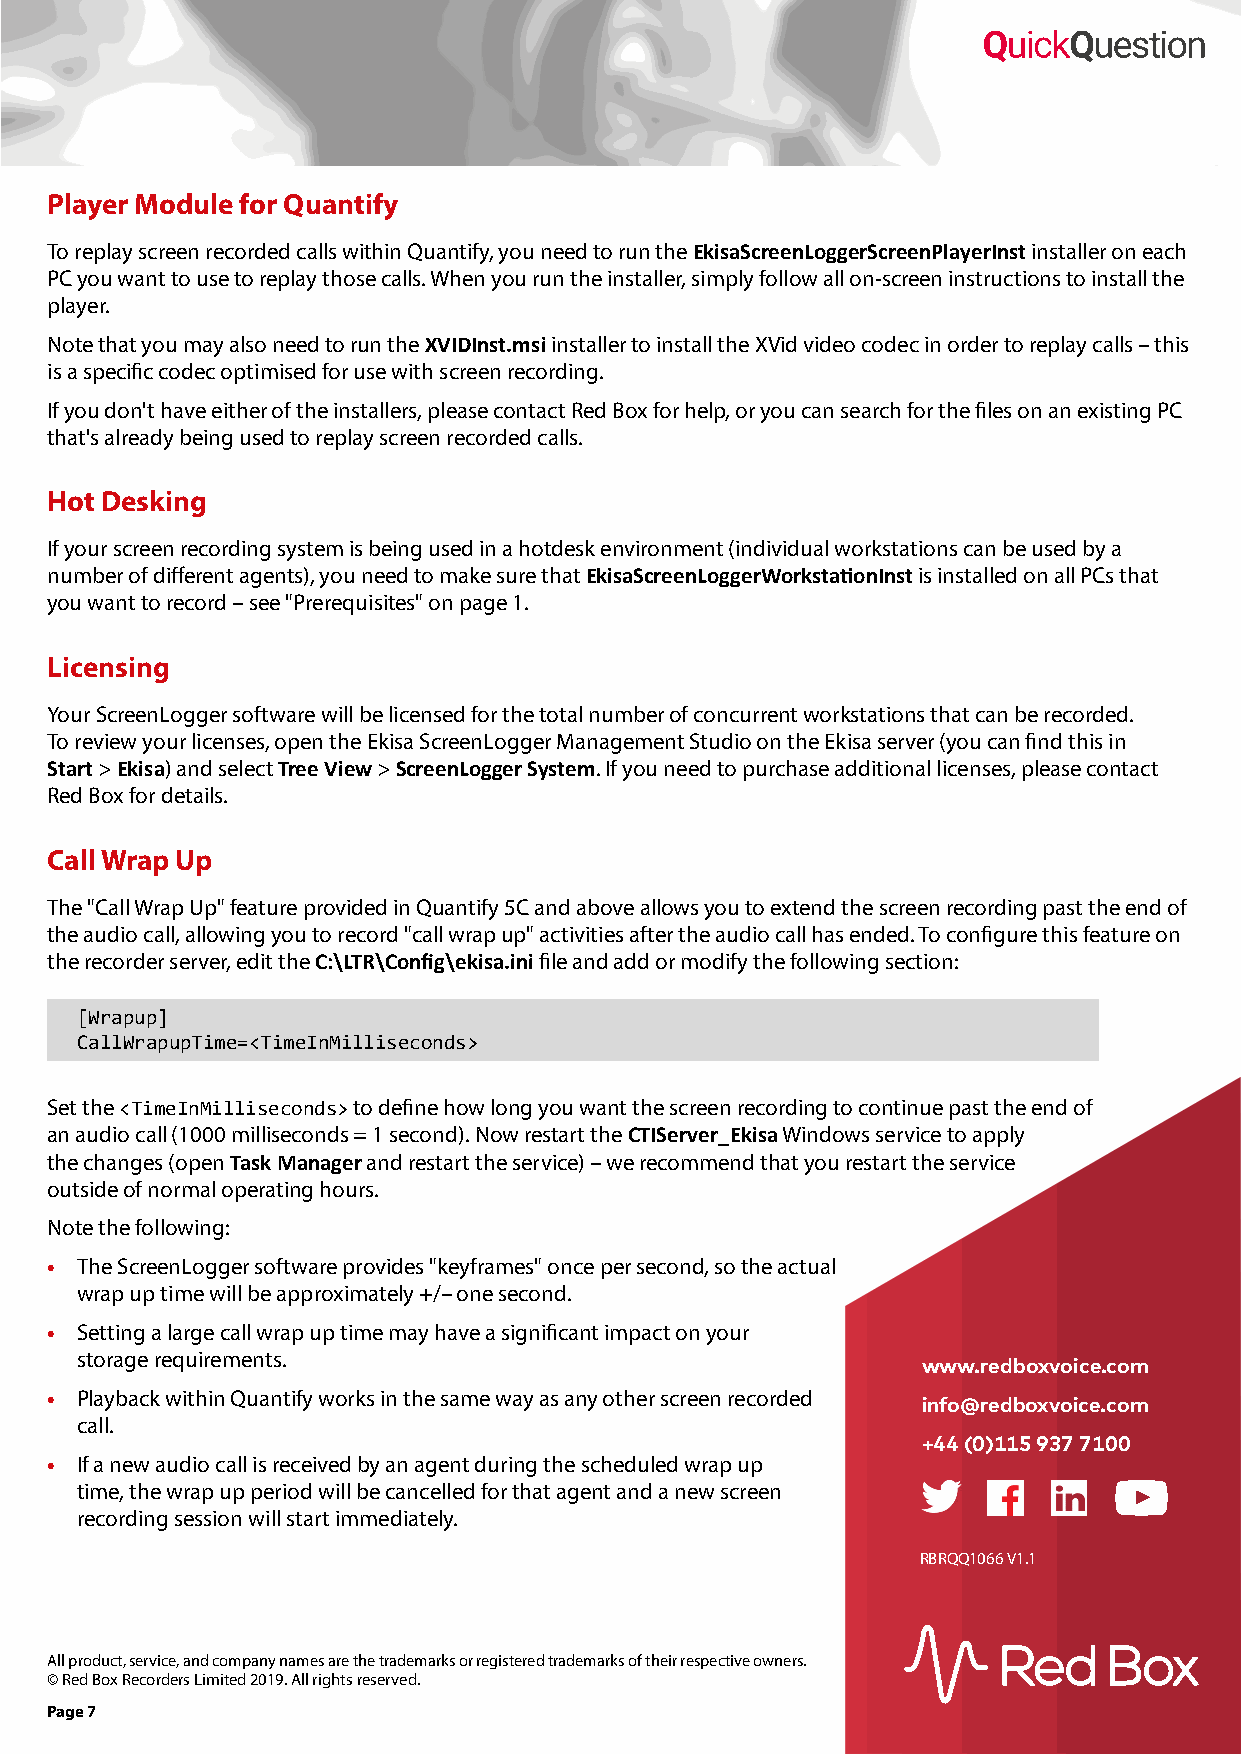
Player Module for Quantify
 To replay screen recorded calls within Quantify, you need to run the EkisaScreenLoggerScreenPlayerInst installer on each
 PC you want to use to replay those calls. When you run the installer, simply follow all on-screen instructions to install the
 player.
 Note that you may also need to run the XVIDInst.msi installer to install the XVid video codec in order to replay calls – this
 is a specific codec optimised for use with screen recording.
 If you don't have either of the installers, please contact Red Box for help, or you can search for the files on an existing PC
 that's already being used to replay screen recorded calls.
 Hot Desking
 If your screen recording system is being used in a hotdesk environment (individual workstations can be used by a
 number of different agents), you need to make sure that EkisaScreenLoggerWorkstationInst is installed on all PCs that
 you want to record – see "Prerequisites" on page 1.
 Licensing
 Your ScreenLogger software will be licensed for the total number of concurrent workstations that can be recorded.
 To review your licenses, open the Ekisa ScreenLogger Management Studio on the Ekisa server (you can find this in
 Start > Ekisa) and select Tree View > ScreenLogger System. If you need to purchase additional licenses, please contact
 Red Box for details.
 Call Wrap Up
 The "Call Wrap Up" feature provided in Quantify 5C and above allows you to extend the screen recording past the end of
 the audio call, allowing you to record "call wrap up" activities after the audio call has ended. To configure this feature on
 the recorder server, edit the C:\LTR\Config\ekisa.ini file and add or modify the following section:
 [Wrapup]
 CallWrapupTime=<TimeInMilliseconds>
 Set the <TimeInMilliseconds> to define how long you want the screen recording to continue past the end of
 an audio call (1000 milliseconds = 1 second). Now restart the CTIServer_Ekisa Windows service to apply
 the changes (open Task Manager and restart the service) – we recommend that you restart the service
 outside of normal operating hours.
 Note the following:
 • The ScreenLogger software provides "keyframes" once per second, so the actual
 wrap up time will be approximately +/– one second.
 • Setting a large call wrap up time may have a significant impact on your
 storage requirements.
 www.redboxvoice.com
 • Playback within Quantify works in the same way as any other screen recorded
 info@redboxvoice.com
 call.
 +44 (0)115 937 7100
 • If a new audio call is received by an agent during the scheduled wrap up
 time, the wrap up period will be cancelled for that agent and a new screen
 recording session will start immediately.
 RBRQQ1066 V1.1
 All product, service, and company names are the trademarks or registered trademarks of their respective owners.
 © Red Box Recorders Limited 2019. All rights reserved.
 Page 7